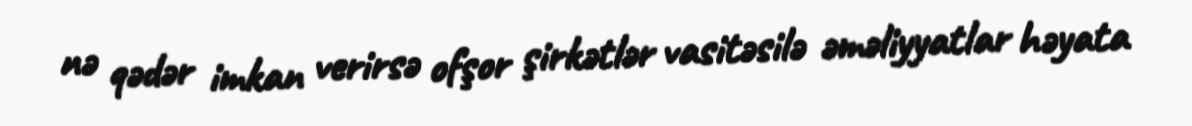
nə qədər imkan verirsə ofşor şirkətlər vasitəsilə əməliyyatlar həyata